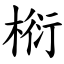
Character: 椼